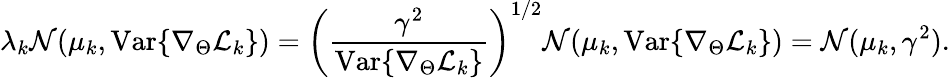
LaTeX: \lambda_{k}\mathcal{N}(\mu_{k},\mathrm{Var}\{ \nabla_{\Theta}\mathcal{L}_{k}\} )=\left(\frac{\gamma^{2}}{\mathrm{Var}\{ \nabla_{\Theta}\mathcal{L}_{k}\} }\right)^{1/2}\mathcal{N}(\mu_{k},\mathrm{Var}\{ \nabla_{\Theta}\mathcal{L}_{k}\} )=\mathcal{N}(\mu_{k},\gamma^{2}).